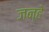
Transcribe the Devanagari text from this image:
जन्हे